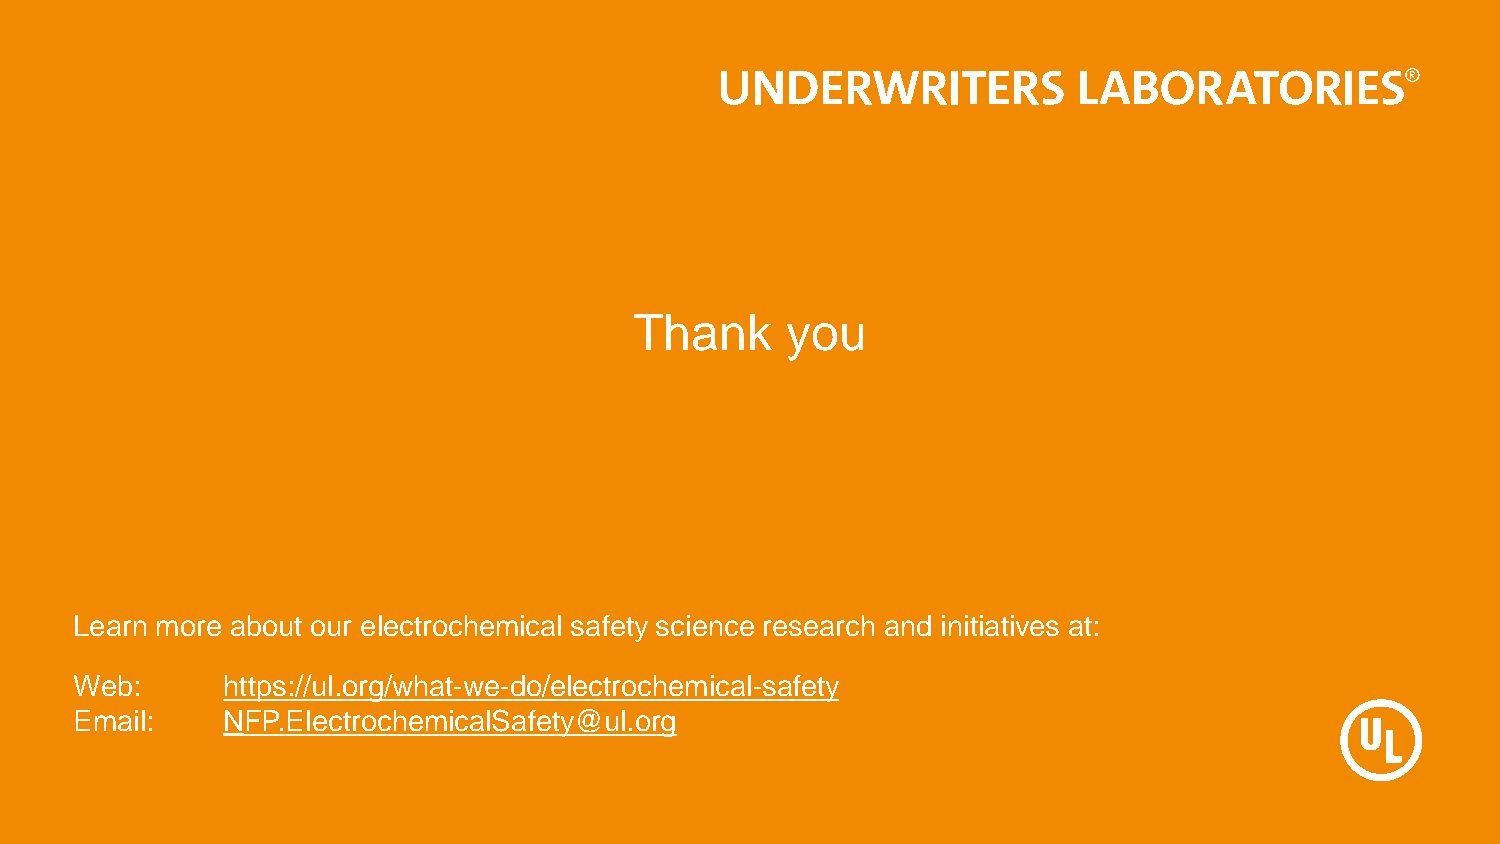
Thank     you
 Learn more about our electrochemical safety science research and initiatives at:
 Web:      https://ul.org/what-we-do/electrochemical-safety
 Email:    NFP.ElectrochemicalSafety@ul.org